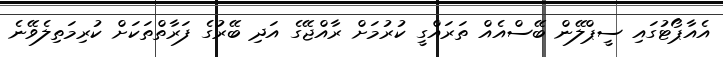
އެއާޕޯޓުގައި ސީޕްލޭން ބޭސްއެއް ތަރައްގީ ކުރުމަށް ރާއްޖޭގެ އަދި ބޭރުގެ ފަރާތްތަކަށް ކުރިމަތިލެވޭނެ